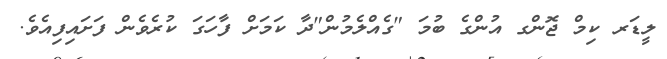
ލީޑަރ ކިމް ޖޮންގ އުންގެ ބުމަ "ގެއްލެމުން"ދާ ކަމަށް ފާހަގަ ކުރެވެން ފަށައިފިއެވެ.